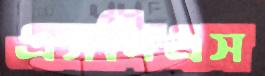
এসপিএস